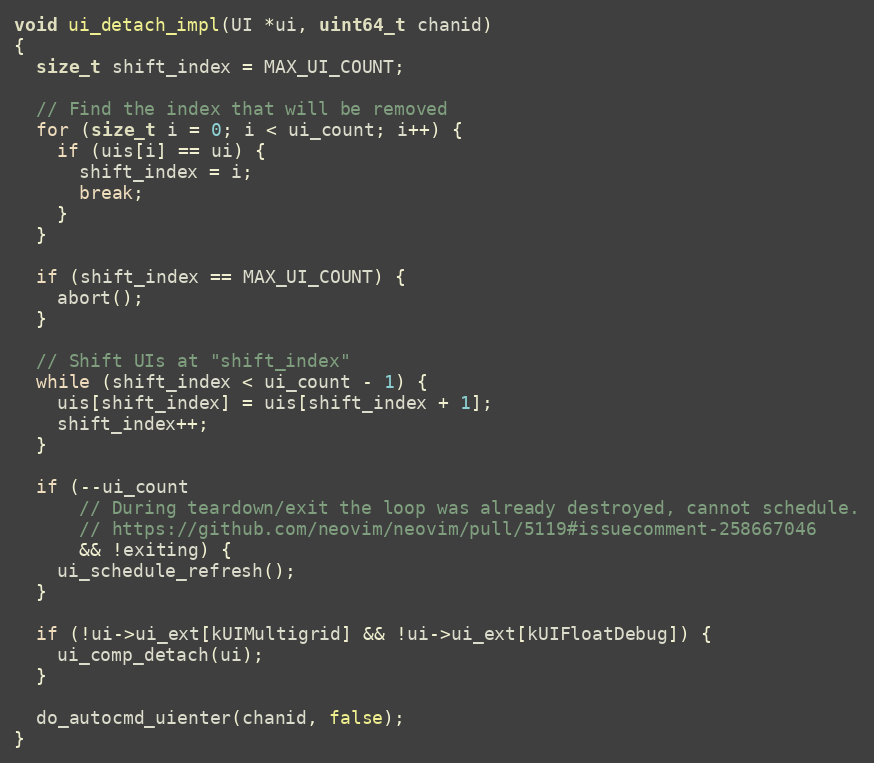
Language: C
void ui_detach_impl(UI *ui, uint64_t chanid)
{
  size_t shift_index = MAX_UI_COUNT;

  // Find the index that will be removed
  for (size_t i = 0; i < ui_count; i++) {
    if (uis[i] == ui) {
      shift_index = i;
      break;
    }
  }

  if (shift_index == MAX_UI_COUNT) {
    abort();
  }

  // Shift UIs at "shift_index"
  while (shift_index < ui_count - 1) {
    uis[shift_index] = uis[shift_index + 1];
    shift_index++;
  }

  if (--ui_count
      // During teardown/exit the loop was already destroyed, cannot schedule.
      // https://github.com/neovim/neovim/pull/5119#issuecomment-258667046
      && !exiting) {
    ui_schedule_refresh();
  }

  if (!ui->ui_ext[kUIMultigrid] && !ui->ui_ext[kUIFloatDebug]) {
    ui_comp_detach(ui);
  }

  do_autocmd_uienter(chanid, false);
}